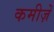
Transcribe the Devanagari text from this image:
कमीज़ें